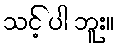
သင့် ပါ ဘူး။